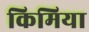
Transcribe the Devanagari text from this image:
किमिया